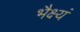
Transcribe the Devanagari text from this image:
भैक्ष्यं